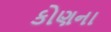
કોણના